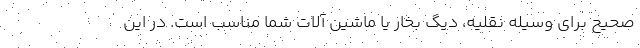
صحیح برای وسیله نقلیه، دیگ بخار یا ماشین آلات شما مناسب است. در این